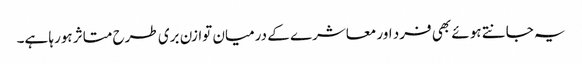
یہ جانتے ہوئے بھی فرد اور معاشرے کے درمیان توازن بری طرح متاثر ہورہا ہے۔